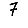
Digit: 7